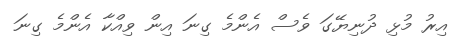
އިރު މުޅި ދުނިޔޭގަ ވެސް އެންމެ ގިނަ އިން ވިއްކާ އެންމެ ގިނަ